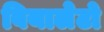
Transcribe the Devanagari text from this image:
वियालेटो